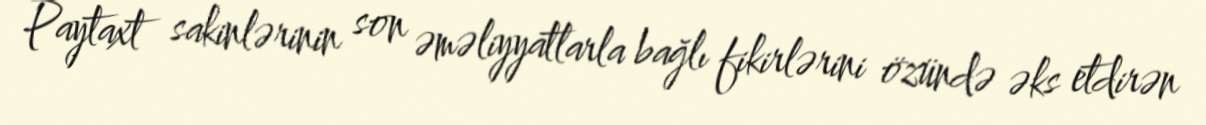
Paytaxt sakinlərinin son əməliyyatlarla bağlı fikirlərini özündə əks etdirən